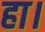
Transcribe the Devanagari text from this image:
हा।